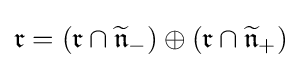
{\mathfrak {r}}=({\mathfrak {r}}\cap {\widetilde {\mathfrak {n}}}_{-})\oplus ({\mathfrak {r}}\cap {\widetilde {\mathfrak {n}}}_{+})